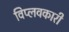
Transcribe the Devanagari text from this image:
विप्लवकारी